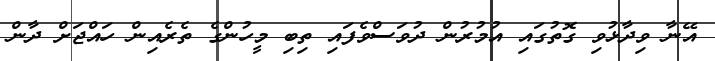
އޭނާ ވިދާޅުވި ގޮތުގައި އުމުރުން ދުވަސްވެފައި ތިބި މީހުންގެ ތެރެއިން ހައްޖަށް ދާން